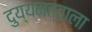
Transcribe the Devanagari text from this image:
दुय्यमत्वाला